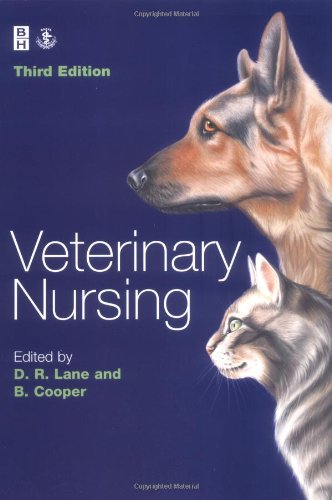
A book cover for Veterinary Nursing, 3e; Medical Books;